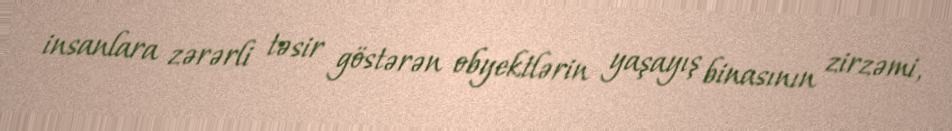
insanlara zərərli təsir göstərən obyektlərin yaşayış binasının zirzəmi,